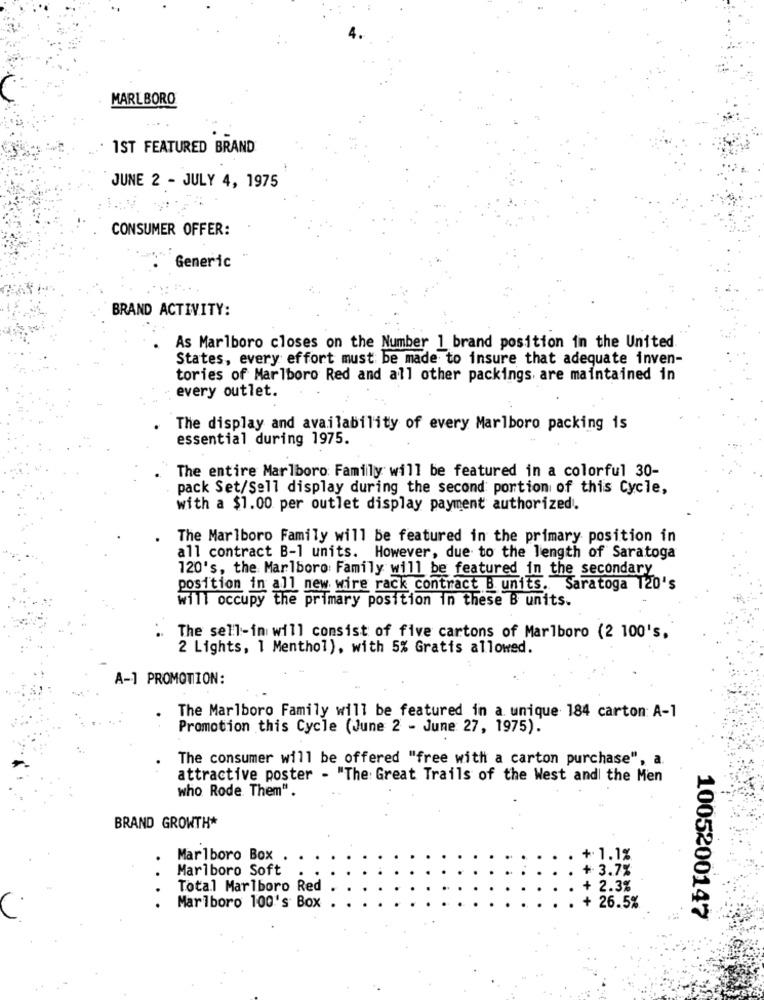
MARLBORO
1ST FEATURED BRAND
JUNE 2 - JULY 4, 1975
CONSUMER OFFER:
Generic
BRAND ACTIVITY:
As Marlboro closes on the Number 1 brand position in the United.
States, every effort must be made to insure that adequate inven-
tories of Marlboro Red and all other packings are maintained in
every outlet.
The display and availability of every Marlboro packing is
essential during 1975.
The entire Marlboro Family will be featured in a colorful 30-
. pack Set/Sell display during the second portion of this Cycle,
with a $1.00 per outlet display payment authorized.
The Marlboro Family will be featured in the primary position in
all contract B-1 units. However, due to the length of Saratoga
120's, the Marlboro Family will be featured in the secondary
position in all new wire rack contract B units. Saratoga 120's
will occupy the primary position in these B units.
The sell-in will consist of five cartons of Marlboro (2 100's,
2 Lights, 1 Menthol), with 5% Gratis allowed.
A-1 PROMOTION:
The Marlboro Family will be featured in a unique 184 carton: A-1
Promotion this Cycle (June 2 - June 27, 1975).
The consumer will be offered "free with a carton purchase", a
attractive poster - "The Great Trails of the West and the Men
who Rode Them".
BRAND GROWTH*
Marlboro Box
+ 1.1%
Marlboro Soft
3.7%
Total Marlboro Red
2.3%
Marlboro 100's Box
26.5%
1005200147